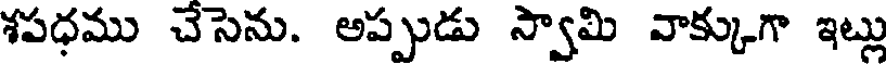
శపధము చేసెను. అప్పుడు స్వామి వాక్కుగా ఇట్లు